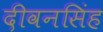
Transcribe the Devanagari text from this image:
दीवनसिंह